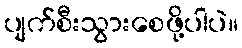
ပျက်စီးသွားစေဖို့ပါပဲ။